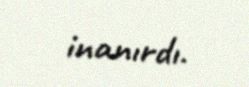
inanırdı.